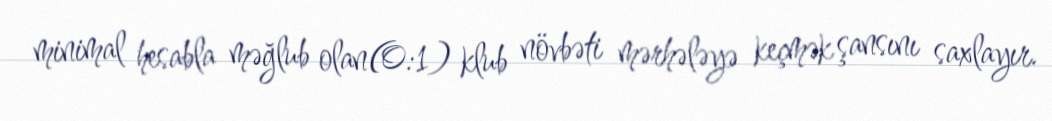
minimal hesabla məğlub olan(0:1) klub növbəti mərhələyə keçmək şansını saxlayır.